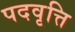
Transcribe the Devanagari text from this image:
पदवृत्ति